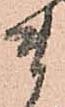
ま